Report on vaccination in the Province of Bengal - 1874-1889
Year: 1874
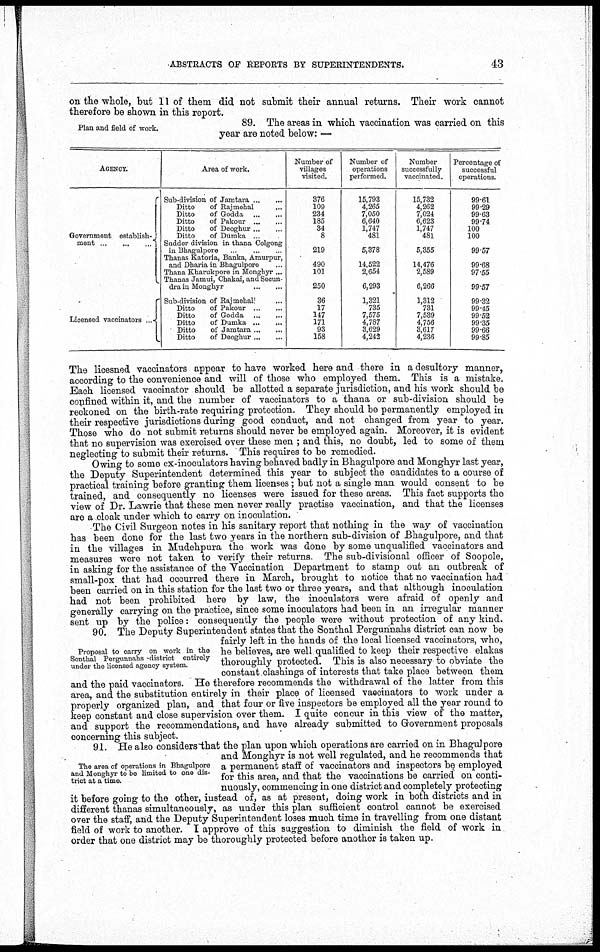
ABSTRACTS OF REPORTS BY SUPERINTENDENTS.
43
on the whole, but 11 of them did not submit their annual returns. Their work cannot
therefore be shown in this report.
Plan and field of work.
89. The areas in which vaccination was carried on this
year are noted below: —
AGENCY.
Government establish-
ment ... ... ...
Licensed vaccinators ...
Area of work.
Sub-division of Jamtara ... ...
Ditto
of Rajmehal ...
Ditto
of Godda
...
...
Ditto
of Pakour ... ...
Ditto
of Deoghur ... ...
Ditto
of Dumka ...
Sudder division in thana Colgong
in Bhagulpore ... ... ...
Thanas Katoria, Banka, Amurpur,
and Dharia in Bhagulpore ...
Thana Kharukpore in Monghyr ...
Thanas Jamui, Chakai, and Secun-
dra in Monghyr
...
...
Sub-division of Rajmehal ...
Ditto
of Pakour
...
...
Ditto
of Godda
...
...
Ditto
of Dumka ... ...
Ditto
of Jamtara ... ...
Ditto
of Deoghur ... ...
Number of
villages
visited.
376
109
234
185
34
8
219
490
101
250
36
17
147
171
93
158
Number of
operations
performed.
15,793
4,265
7,050
6,640
1,747
481
5,378
14,522
2,654
6,293
1,321
735
7,575
4,787
3,629
4,242
Number
successfully
vaccinated.
15,732
4,262
7,024
6,623
1,747
481
5,355
14,476
2,589
6,266
1,312
731
7,539
4,756
3,617
4,236
Percentage of
successful
operations.
99.61
99.29
99.63
99.74
100
100
99.57
99.68
97.55
99.57
99.32
99.45
99.52
99.35
99.66
99.85
The licesned vaccinators appear to have worked here and there in a desultory manner,
according to the convenience and will of those who employed them. This is a mistake.
Each licensed vaccinator should be allotted a separate jurisdiction, and his work should be
confined within it, and the number of vaccinators to a thana or sub-division should be
reckoned on the birth-rate requiring protection. They should be permanently employed in
their respective jurisdictions during good conduct, and not changed from year to year.
Those who do not submit returns should never be employed again. Moreover, it is evident
that no supervision was exercised over these men ; and this, no doubt, led to some of them
neglecting to submit their returns. This requires to be remedied.
Owing to some ex-inoculators having behaved badly in Bhagulpore and Monghyr last year,
the Deputy Superintendent determined this year to subject the candidates to a course of
practical training before granting them licenses; but not a single man would consent to be
trained, and consequently no licenses were issued for these areas. This fact supports the
view of Dr. Lawrie that these men never really practise vaccination, and that the licenses
are a cloak under which to carry on inoculation.
The Civil Surgeon notes in his sanitary report that nothing in the way of vaccination
has been done for the last two years in the northern sub-division of Bhagulpore, and that
in the villages in Mudehpura the work was done by some unqualified vaccinators and
measures were not taken to verify their returns. The sub-divisional officer of Soopole,
in asking for the assistance of the Vaccination Department to stamp out an outbreak of
small-pox that had occurred there in March, brought to notice that no vaccination had
been carried on in this station for the last two or three years, and that although inoculation
had not been prohibited here by law, the inoculators were afraid of openly and
generally carrying on the practice, since some inoculators had been in an irregular manner
sent up by the police: consequently the people were without protection of any kind.
Proposal to carry on work in the
Sonthal Pergunnahs district entirely
under the licensed agency system.
90. The Deputy Superintendent states that the Sonthal Pergunnahs district can now be
fairly left in the hands of the local licensed vaccinators, who,
he believes, are well qualified to keep their respective elakas
thoroughly protected. This is also necessary to obviate the
constant clashings of interests that take place between them
and the paid vaccinators. He therefore recommends the withdrawal of the latter from this
area, and the substitution entirely in their place of licensed vaccinators to work under a
properly organized plan, and that four or five inspectors be employed all the year round to
keep constant and close supervision over them. I quite concur in this view of the matter,
and support the recommendations, and have already submitted to Government proposals
concerning this subject.
The area of operations in Bhagulpore
and Monghyr to be limited to one dis-
trict at a time.
91. He also considers that the plan upon which operations are carried on in Bhagulpore
and Monghyr is not well regulated, and he recommends that
a permanent staff of vaccinators and inspectors be employed
for this area, and that the vaccinations be carried on conti-
nuously, commencing in one district and completely protecting
it before going to the other, instead of, as at present, doing work in both districts and in
different thanas simultaneously, as under this plan sufficient control cannot be exercised
over the staff, and the Deputy Superintendent loses much time in travelling from one distant
field of work to another. I approve of this suggestion to diminish the field of work in
order that one district may be thoroughly protected before another is taken up.